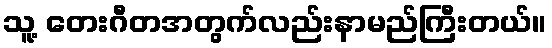
သူ့ တေးဂီတအတွက်လည်းနာမည်ကြီးတယ်။